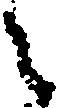
々